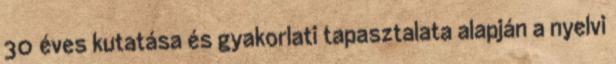
30 éves kutatása és gyakorlati tapasztalata alapján a nyelvi